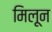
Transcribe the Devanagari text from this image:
मिलून